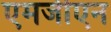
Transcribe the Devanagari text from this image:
एमजीएन